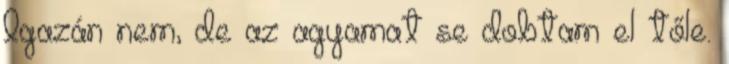
Igazán nem, de az agyamat se dobtam el tőle.